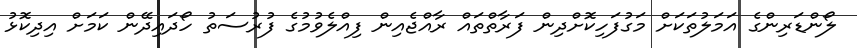
ލޯންޑަރިންގެ އަމަލުތަކަށް މަގުފަހިކޮށްދިން ފަރާތްތައް ރާއްޖެއިން ފިއްލެވުމުގެ ފުރުސަތު ހޯދައިދޭން ކަމަށް އިދިކޮޅު